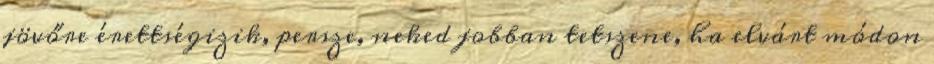
jövőre érettségizik, persze, neked jobban tetszene, ha elvárt módon